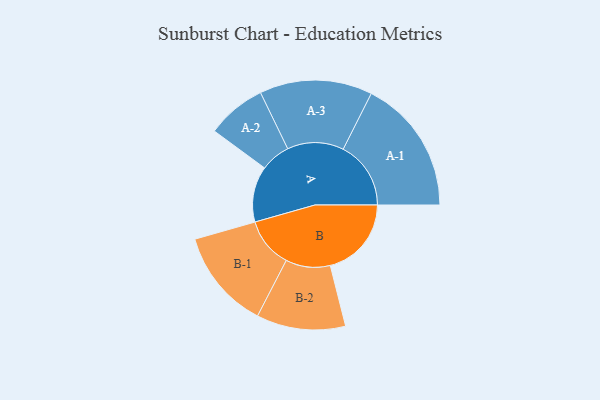
{"axis": {"x": "Segment", "y": "Value"}, "legend": ["", "A", "B"], "data": [{"x": "A", "y": 212, "type": ""}, {"x": "B", "y": 308, "type": ""}, {"x": "A-1", "y": 257, "type": "A"}, {"x": "A-2", "y": 113, "type": "A"}, {"x": "A-3", "y": 214, "type": "A"}, {"x": "B-1", "y": 190, "type": "B"}, {"x": "B-2", "y": 169, "type": "B"}]}